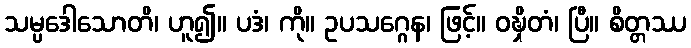
သမ္ပဒေါသောတိ၊ ဟူ၍။ ပဒံ၊ ကို။ ဥပသဂ္ဂေန၊ ဖြင့်။ ဝဍ္ဎှိတံ၊ ပြီ။ စိတ္တဿ